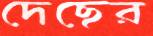
দেছের